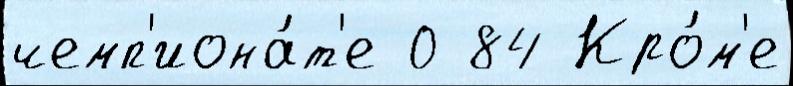
чемп'иона́т'е 0 84 Кро́м'е